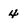
Character: 4